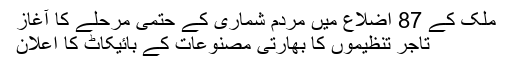
ملک کے 87 اضلاع میں مردم شماری کے حتمی مرحلے کا آغاز
تاجر تنظیموں کا بھارتی مصنوعات کے بائیکاٹ کا اعلان